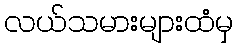
လယ်သမားများထံမှ